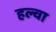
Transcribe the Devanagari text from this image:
हल्वा